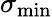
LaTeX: \sigma_{\mathrm{min}}